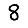
Digit: 8